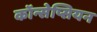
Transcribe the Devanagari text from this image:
कॉन्सेप्सियन